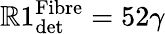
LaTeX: \mathbb{R}1_{\textrm{{det}}}^{\textrm{{Fibre}}}=52\gamma